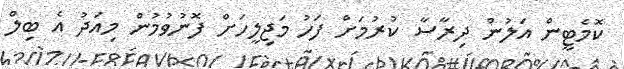
ކޮމެޓީން އަލުން ދިރާސާ ކުރުމަށް ފަހު މަޖިލީހަށް ފޮނުވުމުން މިއަދު އެ ބިލް